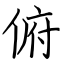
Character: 俯